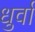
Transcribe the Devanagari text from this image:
धुर्वा